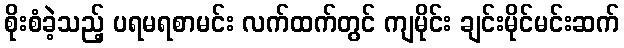
စိုးစံခဲ့သည့် ပရမရစာမင်း လက်ထက်တွင် ကျမိုင်း ချင်းမိုင်မင်းဆက်